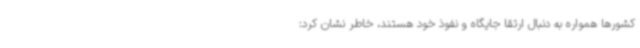
کشورها همواره به دنبال ارتقا جایگاه و نفوذ خود هستند، خاطر نشان کرد: